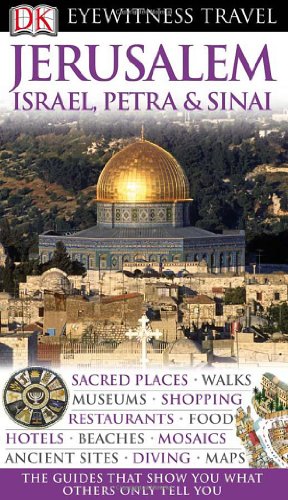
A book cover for Jerusalem, Israel, Petra & Sinai (DK Eyewitness Travel Guide); Collectif; Travel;